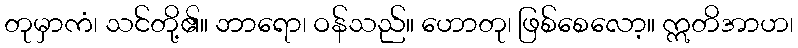
တုမှာကံ၊ သင်တို့၏။ ဘာရော၊ ဝန်သည်။ ဟောတု၊ ဖြစ်စေလော့။ ဣတိအာဟ၊